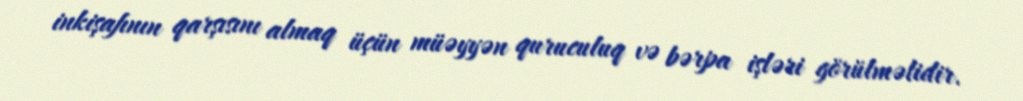
inkişafının qarşısını almaq üçün müəyyən quruculuq və bərpa işləri görülməlidir.